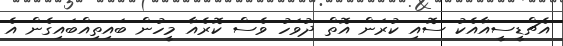
އެޗްޑީސީއާއެކު ސޮއި ކުރަން އޮތް ދުވަހު ވެސް ކޮރެއާ މީހުން ބައިތިއްބައިގެން އެ